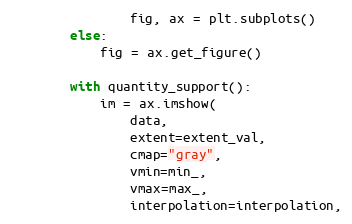
Language: Python
                fig, ax = plt.subplots()
        else:
            fig = ax.get_figure()

        with quantity_support():
            im = ax.imshow(
                data,
                extent=extent_val,
                cmap="gray",
                vmin=min_,
                vmax=max_,
                interpolation=interpolation,